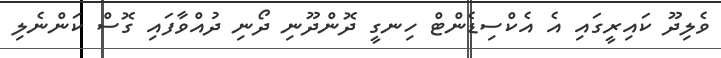
ވެލިދޫ ކައިރީގައި އެ އެކްސިޑެންޓް ހިނގީ ދޮންދޫނި ދޯނި ދުއްވާފައި ގޮސް ކަންނެލި